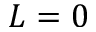
L = 0